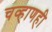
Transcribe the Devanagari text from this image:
चव्हाणही